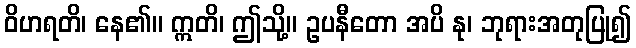
ဝိဟရတိ၊ နေ၏။ ဣတိ၊ ဤသို့။ ဥပနီတော အပိ နု၊ ဘုရားအတုပြု၍